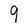
Character: q